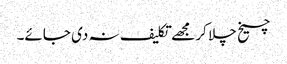
چیخ چلا کر مجھے تکلیف نہ دی جائے۔